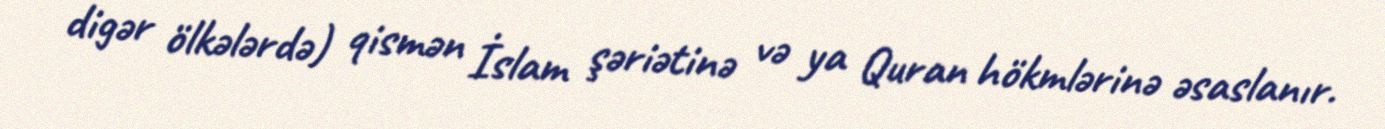
digər ölkələrdə) qismən İslam şəriətinə və ya Quran hökmlərinə əsaslanır.